Scientific memoirs by medical officers of the Army of India - Part III,
Year: 1887
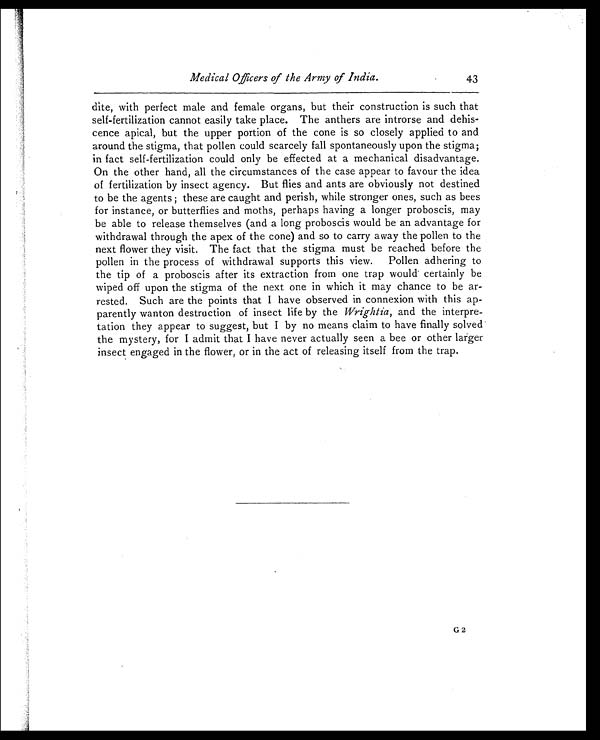
Medical Officers of the Army of India.
43
dite, with perfect male and female organs, but their construction is such that
self-fertilization cannot easily take place. The anthers are introrse and dehis-
-cence apical, but the upper portion of the cone is so closely applied to and
around the stigma, that pollen could scarcely fall spontaneously upon the stigma;
in fact self-fertilization could only be effected at a mechanical disadvantage.
On the other hand, all the circumstances of the case appear to favour the idea
of fertilization by insect agency. But flies and ants are obviously not destined
to be the agents; these are caught and perish, while stronger ones, such as bees
for instance, or butterflies and moths, perhaps having a longer proboscis, may
be able to release themselves (and a long proboscis would be an advantage for
withdrawal through the apex of the cone) and so to carry away the pollen to the
next flower they visit. The fact that the stigma must be reached before the
pollen in the process of withdrawal supports this view. Pollen adhering to
the tip of a proboscis after its extraction from one trap would certainly be
wiped off upon the stigma of the next one in which it may chance to be ar
-rested. Such are the points that I have observed in connexion with this ap
-parently wanton destruction of insect life by the Wrightia , and the interpre
-tation they appear to suggest, but I by no means claim to have finally solved
the mystery, for I admit that I have never actually seen a bee or other larger
insect engaged in the flower, or in the act of releasing itself from the trap.
G2